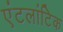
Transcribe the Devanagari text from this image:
एंटलांटिक